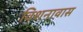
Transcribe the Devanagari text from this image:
विशनावास